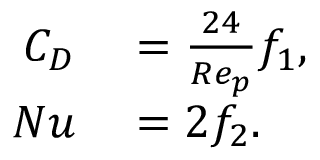
\begin{array} { r l } { C _ { D } } & { { } = \frac { 2 4 } { R e _ { p } } f _ { 1 } , } \\ { N u } & { { } = 2 f _ { 2 } . } \end{array}